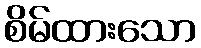
စိမ်ထားသော